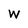
Character: W